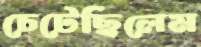
চেটেছিলেম